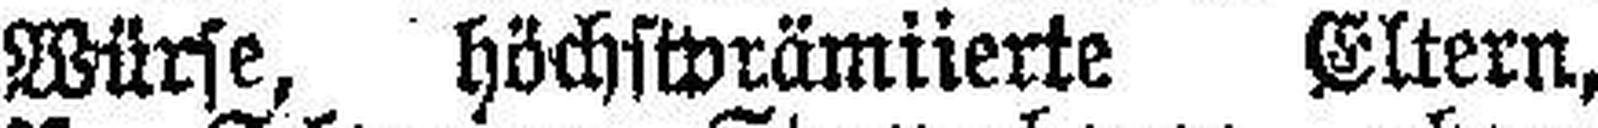
Würfe, höchstprämiierte Eltern,